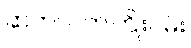
ဆက်လက်ကြိုးပမ်း